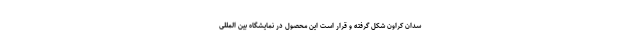
سدان کراون شکل گرفته و قرار است این محصول در نمایشگاه بین المللی